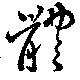
體